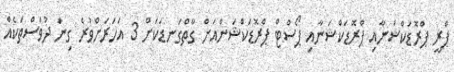
ޕްރީ ޕްރޮޑަކްޝަނާއި ޕްރޮޑަކްޝަނާއި ޕޯސްޓް ޕްރޮޑަކްޝަންއަށް ގާތްގަނޑަކަށް 3 އަހަރަށްވުރެ ގިނަ ދުވަސްތަކެއް